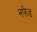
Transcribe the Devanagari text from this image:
नफेड